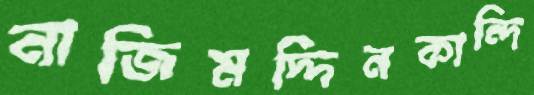
নাজিমদ্দিনকান্দি